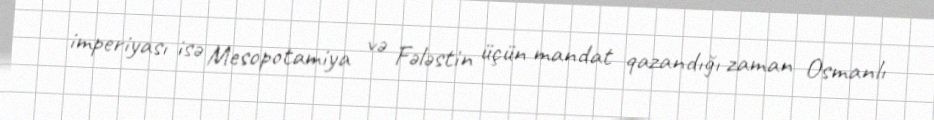
imperiyası isə Mesopotamiya və Fələstin üçün mandat qazandığı zaman Osmanlı